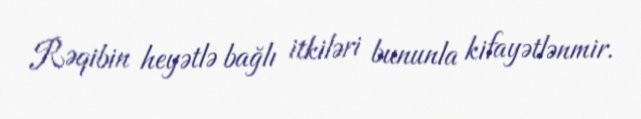
Rəqibin heyətlə bağlı itkiləri bununla kifayətlənmir.